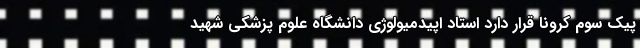
پیک سوم کرونا قرار دارد استاد اپیدمیولوژی دانشگاه علوم پزشکی شهید